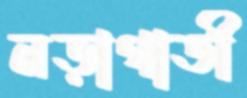
নড়াগাতী